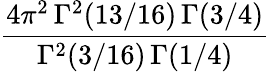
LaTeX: {\frac{4\pi^{2}\, \Gamma^{2}(13/16)\, \Gamma(3/4)}{\Gamma^{2}(3/16)\, \Gamma(1/4)}}